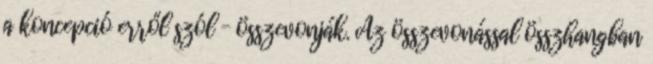
a koncepció erről szól – összevonják. Az összevonással összhangban